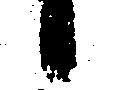
候